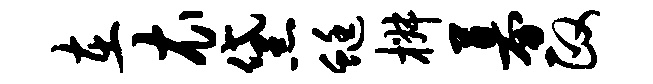
在衣黛蜓椒募政